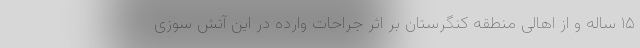
۱۵ ساله و از اهالی منطقه کنگرستان بر اثر جراحات وارده در این آتش سوزی